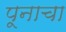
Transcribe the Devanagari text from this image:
पूनाचा